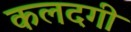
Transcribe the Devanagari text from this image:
कलदगी